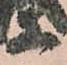
等